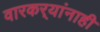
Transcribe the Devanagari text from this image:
वारकर्‍यांनाही